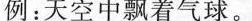
例：天空中飘着气球。